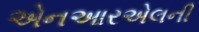
એનઆરએલની